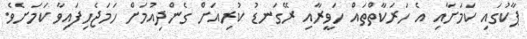
ޕާކުގައި ކަމަށާއި އެ ހަރަކާތްތައް ހަވީރާއި ރޭގަނޑު ކުރިއަށް ގެންދިއުމަށް ހަމަޖެހިފައިވާ ކަމަށެވެ.